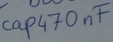
Text: cap470µF